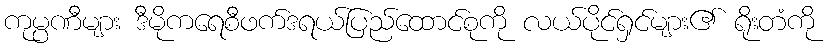
ကုမ္ပဏီများ ဒီမိုကရေစီဖက်ဒရယ်ပြည်ထောင်စုကို လယ်ပိုင်ရှင်များ၏ ရိုးတံကို